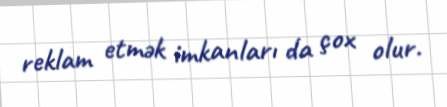
reklam etmək imkanları da çox olur.